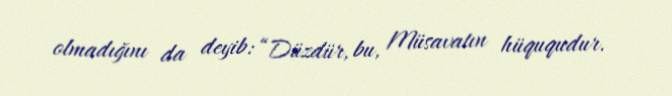
olmadığını da deyib: “Düzdür, bu, Müsavatın hüququdur.